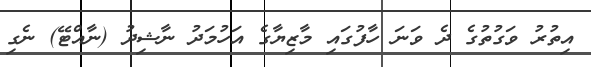
އިތުރު ވަގުތުގެ ދެ ވަނަ ހާފުގައި މާޒިޔާގެ އަހުމަދު ނާޝިދު (ނާއްޓޭ) ނެގި